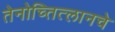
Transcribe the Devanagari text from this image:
तेनोच्तित्लानचे